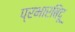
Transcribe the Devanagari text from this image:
प्रभारबिंदू